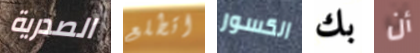
الصدرية اتطلع الكسور بك أن